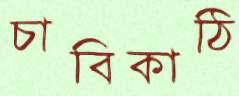
চাবিকাঠি